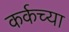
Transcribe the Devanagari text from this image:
कर्कच्या